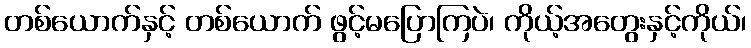
တစ်ယောက်နှင့် တစ်ယောက် ဖွင့်မပြောကြပဲ၊ ကိုယ့်အတွေးနှင့်ကိုယ်၊